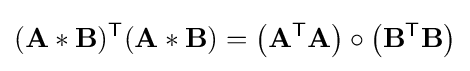
(\mathbf {A} \ast \mathbf {B} )^{\textsf {T}}(\mathbf {A} \ast \mathbf {B} )=\left(\mathbf {A} ^{\textsf {T}}\mathbf {A} \right)\circ \left(\mathbf {B} ^{\textsf {T}}\mathbf {B} \right)